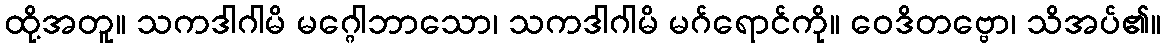
ထို့အတူ။ သကဒါဂါမိ မဂ္ဂေါဘာသော၊ သကဒါဂါမိ မဂ်ရောင်ကို။ ဝေဒိတဗ္ဗော၊ သိအပ်၏။